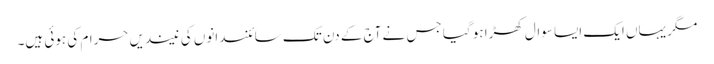
مگر یہاں ایک ایسا سوال کھڑا ہو گیا جس نے آج کے دن تک سائنسدانوں کی نیندیں حرام کی ہوئی ہیں۔